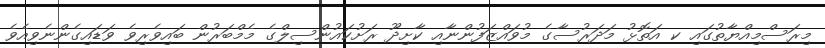
މިރަސްމިއްޔާތުގައި ކ އަތޮޅު މަދަރުސާގެ މުވައްޒަފުންނާއި ކާށިދޫ ރަށުކައުންސިލްގެ މެމްބަރުން ބައިވެރިވެ ވަޑައިގެންނެވިއެވެ